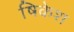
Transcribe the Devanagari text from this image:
षिकेश